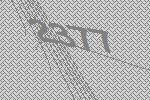
2377